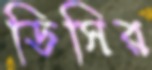
ডিসির